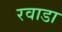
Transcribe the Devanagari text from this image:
रवाडा